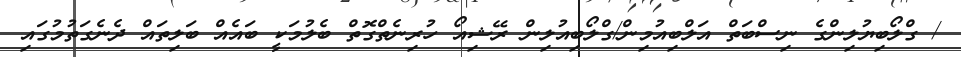
/ ގްލޯބިޔުލިންގެ ނިސްބަތް އަލްބިއުމިން/ގްލޯބިއުލިން ރޭޝިއޯ ހުރިނެތްގޮތް ބެލުމަކީ ބައެއް ބަލިތައް ދެނެގަތުމުގައި